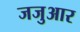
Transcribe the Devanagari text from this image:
जजुआर